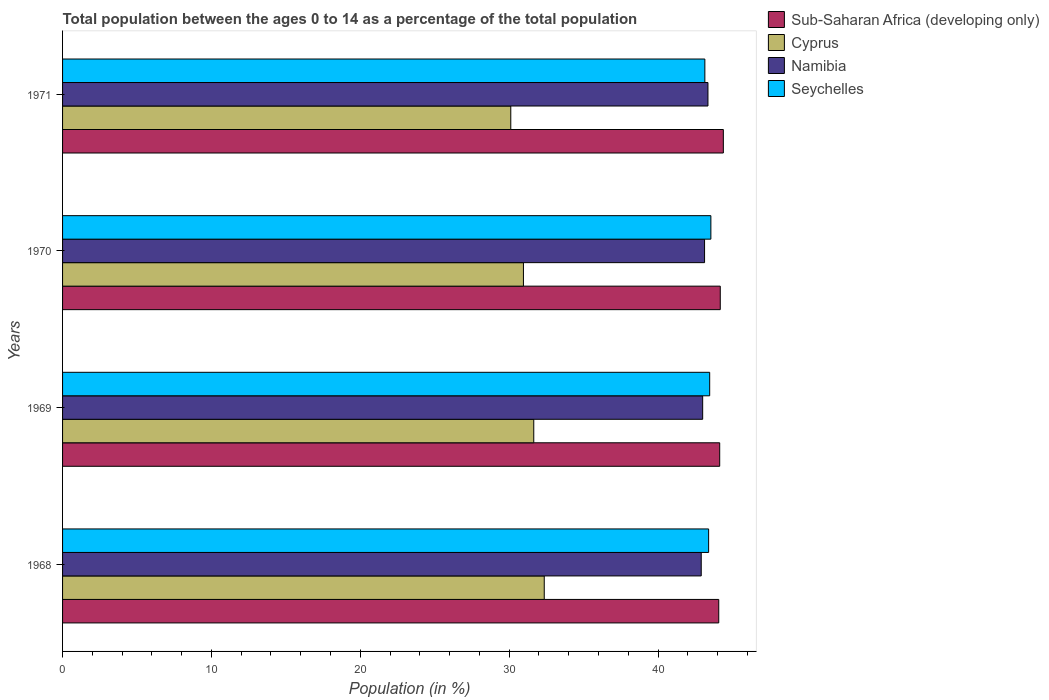
| Years | Sub-Saharan Africa (developing only) | Cyprus | Namibia | Seychelles |
 | --- | --- | --- | --- | --- |
 | 1968 | 44.1 | 32.4 | 42.9 | 43.4 |
 | 1969 | 44.1 | 31.7 | 43 | 43.5 |
 | 1970 | 44.2 | 31 | 43.1 | 43.6 |
 | 1971 | 44.4 | 30.1 | 43.4 | 43.1 |